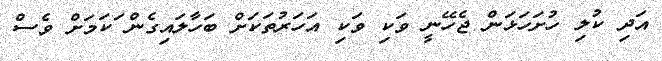
އަދި ކުލި ހުށަހަޅަން ޖެހޭނީ ވަކި ވަކި އަހަރުތަކަށް ބަހާލައިގެން ަކަމަށް ވެސް